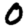
Digit: 0